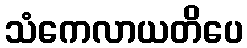
သံကေလာယတိပေ